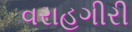
વરાહગીરી